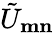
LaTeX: \tilde{U}_{\mathbf{m}\mathbf{n}}